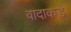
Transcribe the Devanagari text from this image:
वादाकडे